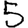
Digit: 5